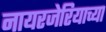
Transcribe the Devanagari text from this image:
नायरजेरियाच्या